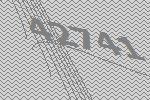
42741